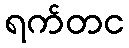
ရက်တင